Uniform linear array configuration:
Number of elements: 12
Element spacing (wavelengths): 0.25
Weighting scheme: uniform
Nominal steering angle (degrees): -30
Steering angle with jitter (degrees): -29.026
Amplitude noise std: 0.05
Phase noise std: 0.05

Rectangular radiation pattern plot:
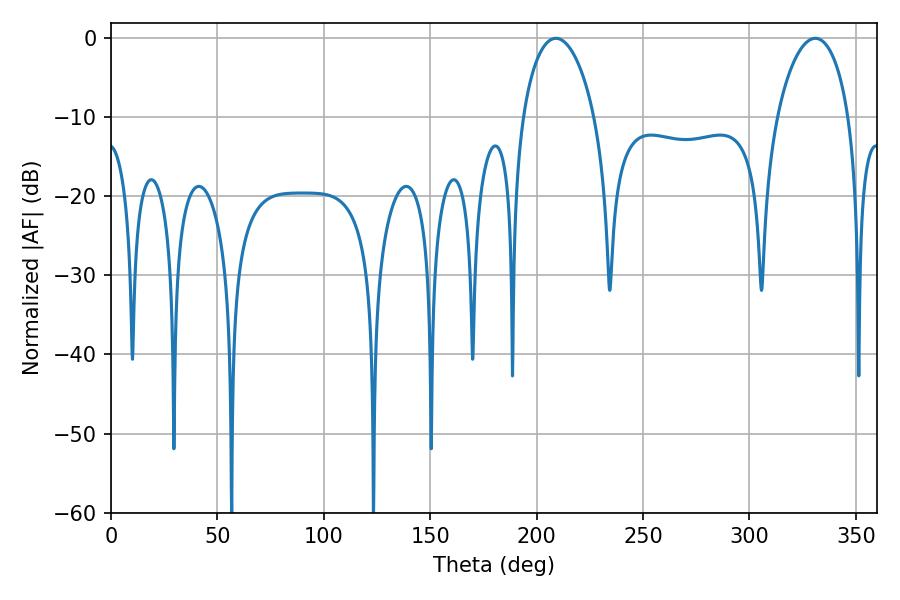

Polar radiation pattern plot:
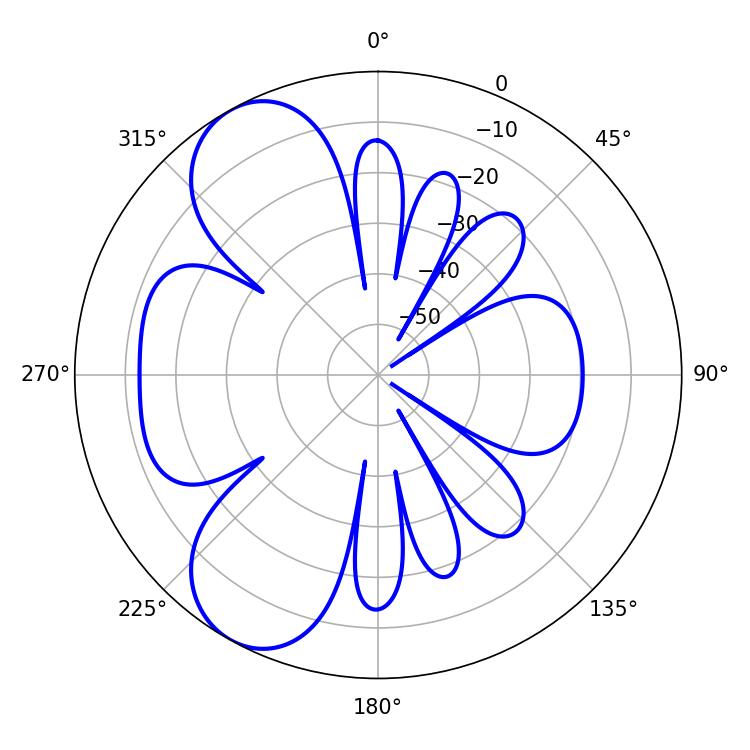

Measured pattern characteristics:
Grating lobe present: FALSE
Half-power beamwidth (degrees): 19.26
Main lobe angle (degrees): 208.98